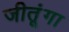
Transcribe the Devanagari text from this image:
जीतूंगा